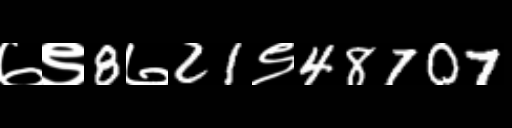
Text: ७९8७21९48707